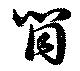
筒